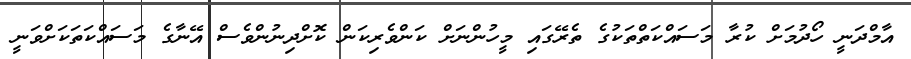
އާމްދަނީ ހޯދުމަށް ކުރާ މަސައްކަތްތަކުގެ ތެރޭގައި މީހުންނަށް ކަންވެރިކަން ކޮށްދިނުންވެސް އޭނާގެ މަސައްކަތަކަށްވަނީ